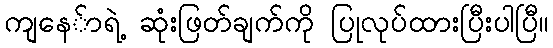
ကျနေ်ာရဲ့ ဆုံးဖြတ်ချက်ကို ပြုလုပ်ထားပြီးပါပြီ။